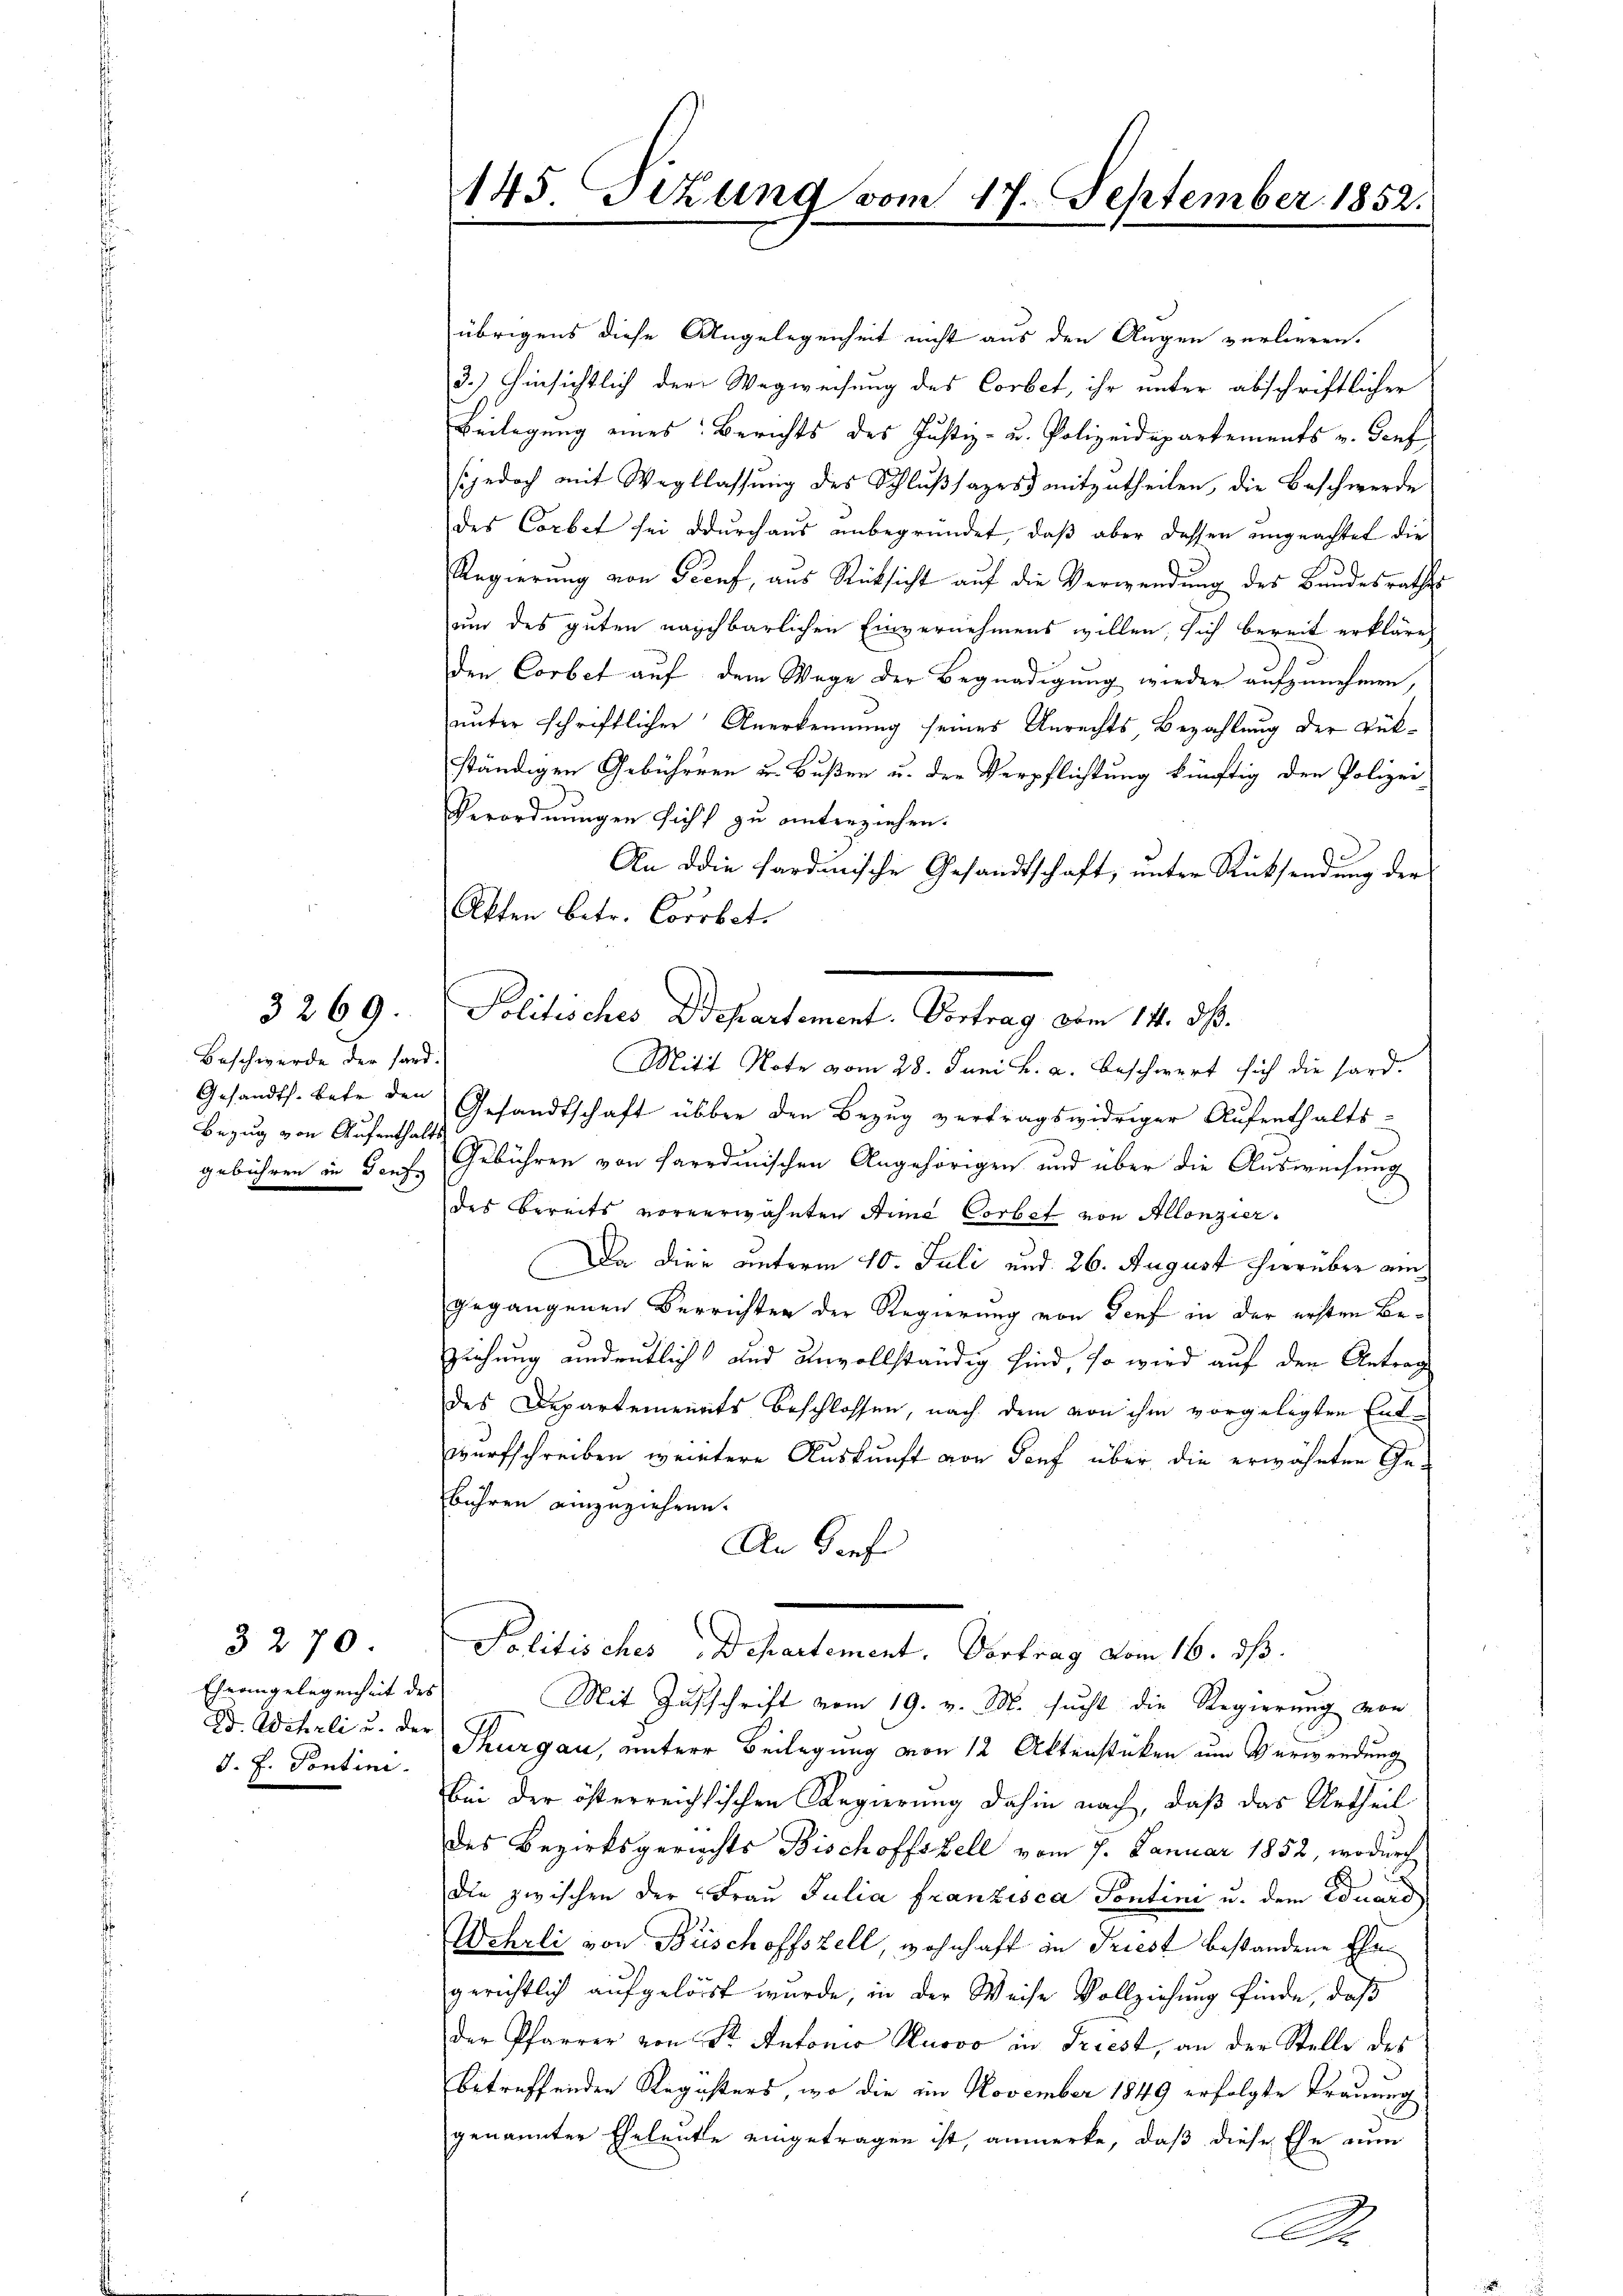
3269.

Beschwerde der hard.
Bezug von Aufenthalts

Ehrangelegenheit des
J. f. Sontini.

3270.

übrigens diese Angelegenheit nicht aus den Augen verlieren.
3.) Hinsichtlich der Wegweisung des Corbet, ihr unter abschriftlicher
Beilegung eines Berichts des Justiz- u. Polizeidepartements v. Gonf
s jedoch mit Weglassung des Schlussages mitzutheilen, die Beschwerde
des Corbet sei durchaus unbegründet, daß aber dessen ungeachtet die
Regierung von Seeuf, aus Rücksicht auf die Verwendung des Bundesraths
um des guten nachbarlichen Einvernehmens willen, sich bereit erkläre
den Corbet auf dem Wage der Begnadigung wieder aufzunehmen,
unter schriftlicher Anerkennung seines Unrechts, Bezahlung der Rükständigen Gebühreren u. Bußen u. der Verpflichtung künftig den Polizei
Verordnungen sicht zu unterziehen.
e
An die Hardmische Gesandtschaft, unter Rücksendung der
Akten betr. Corobet.
Mitit Note vom 28. Juni h. a. beschwert sich die hard.
Gesandts. bete den Gesandtschaft über den Bezug vertragswidriger Aufenthalts-
gebühren in Genf, Gebühren von Parrdinischen Angehörigen und über die Ausweisung
des bereits vorverwähnten Arme Corbef von Allonzier-
Da dies unterm 10. Juli und 26. August hierüber eingegangenen Verrichten der Regierung von Genf in der ersten Be¬
Zuehung andeutlich und unvollständig sind, so wird auf den Antrag
des Departemenats beschlossen, nach dem von ihm vorgelegten Entwurfschreiben weitere Auskunft von Souf über die erwähnten Gebühren einzuziehen.
An Dorfe
Politisches, Departement, Vortrag vom 16. ds.
Mit Zuschrift vom 19. v. M. sucht die Regierung von
D. Wehrli u. der Thurgau, untere Beilegung von 12 Aktenstücken um Verwendung
Bei der österreichsischen Regierung dahin nach, daß das Urtheil
des Bezirksgerichts Bischoffszell vom 7. Januar 1852, wodurch
2
die zwischen der Fraŭ Julia franzisca Pontini u. dem Eduard
Wehrli von Büschoffszell, wohnhaft in Triest bestandene Ehegerichtlich aufgelöst wurde, in der Weise Vollziehung finde, daß
der Pfarrer von Sr. Antonio Husoo in Triest, an der Stelle des
betreffenden Registers, wo die im November 1849 erfolgte Trauung
genannter Eheleute eingetragen ist, anmerke, daß diese Ehe nun
S

145. Sitzung vom 17. September 1852.

Politisches Departement. Vortrag vom 14. ds.